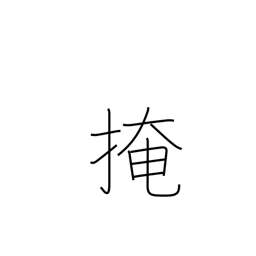
Meaning: conceal